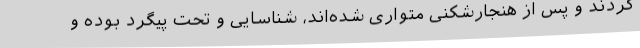
کردند و پس از هنجارشکنی متواری شده‌اند، شناسایی و تحت پیگرد بوده و